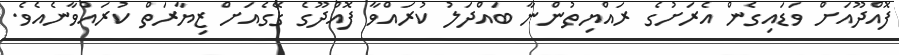
ފޮއްދޫއަށް ވަޑައިގެން އެރަށުގެ ރައްޔިތުންނާ ބައްދަލު ކުރައްވާ ފޮއްދޫގެ ގޭގެއަށް ޒިޔާރަތް ކުރައްވާނެއެވެ.